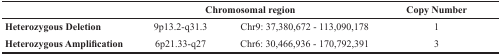
|  | <COLSPAN=2> Chromosomal region | Copy Number |
 | --- | --- | --- | --- |
 | Heterozygous Deletion | 9p13.2-q31.3 | Chr9: 37,380,672 - 113,090,178 | 1 |
 | Heterozygous Amplification | 6p21.33-q27 | Chr6: 30,466,936 - 170,792,391 | 3 |